Civil Veterinary Department Bengal reports 1923-33 - 1923-1933
Year: 1923
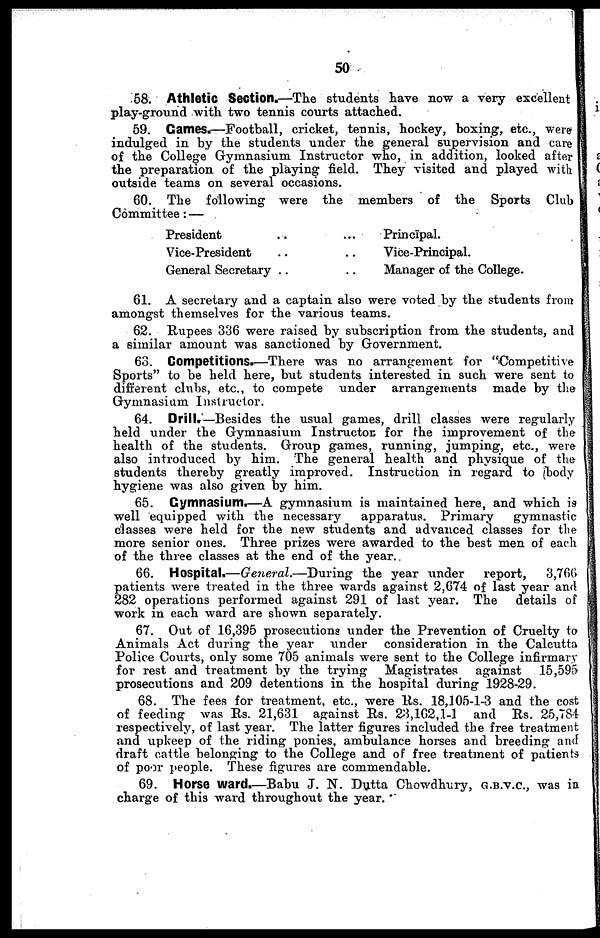
50
58. Athletic Section.—The students have now a very excellent
play-ground with two tennis courts attached.
59. Games.—Football, cricket, tennis, hockey, boxing, etc., were
indulged in by the students under the general supervision and care
of the College Gymnasium Instructor who, in addition, looked after
the preparation of the playing field. They visited and played with
outside teams on several occasions.
60. The following were the members of the Sports Club
Committee : —
President
Vice-President
General Secretary
Principal.
Vice-Principal.
Manager of the College.
61. A secretary and a captain also were voted by the students from
amongst themselves for the various teams.
62. Rupees 336 were raised by subscription from the students, and
a similar amount was sanctioned by Government.
63. Competitions.—There was no arrangement for "Competitive
Sports" to be held here, but students interested in such were sent to
different clubs, etc., to compete under arrangements made by the
Gymnasium Instructor.
64. Drill.—Besides the usual games, drill classes were regularly
held under the Gymnasium Instructor for the improvement of the
health of the students. Group games, running, jumping, etc., were
also introduced by him. The general health and physique of the
students thereby greatly improved. Instruction in regard to body
hygiene was also given by him.
65. Gymnasium.—A gymnasium is maintained here, and which is
well equipped with the necessary
apparatus. Primary
gymnastic
classes were held for the new students and advanced classes for the
more senior ones. Three prizes were awarded to the best men of each
of the three classes at the end of the year.
66. Hospital.—General.—During the year under
report,
3,766
patients were treated in the three wards against 2,674 of last year and
282 operations performed against 291 of last year. The details of
work in each ward are shown separately.
67. Out of 16,395 prosecutions under the Prevention of Cruelty to
Animals Act during the year under consideration in the Calcutta
Police Courts, only some 705 animals were sent to the College infirmary
for rest and treatment by the trying Magistrates against
15,595
prosecutions and 209 detentions in the hospital during 1928-29.
68. The fees for treatment, etc., were Rs. 18,105-1-3 and the cost
of feeding was Rs. 21,631 against Rs. 23,162,1-1 and Rs. 25,784
respectively, of last year. The latter figures included the free treatment
and upkeep of the riding ponies, ambulance horses and breeding and
draft cattle belonging to the College and of free treatment of patients
of poor people. These figures are commendable.
69. Horse ward.—Babu J. N. Dutta Chowdhury, G.B.V.C., was in
charge of this ward throughout the year.